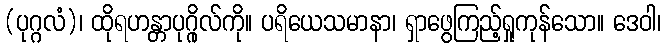
(ပုဂ္ဂလံ)၊ ထိုရဟန္တာပုဂ္ဂိုလ်ကို။ ပရိယေသမာနာ၊ ရှာဖွေကြည့်ရှုကုန်သော။ ဒေဝါ၊